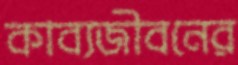
কাব্যজীবনের